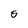
Character: S